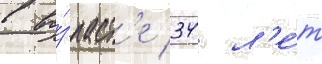
в во́зраст'е 34 л'е́т